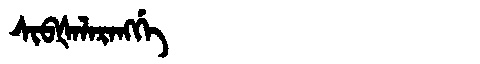
Manchu: ᠰᡳᠪᡧᠠᠯᠠᡵᠠᠩᡤᡝ
Romanization: SIBŠALARANGGE